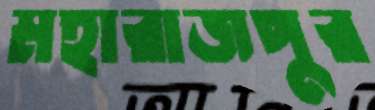
মহারাজপুর